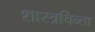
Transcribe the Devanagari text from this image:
शास्त्रचिन्ता